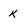
Character: k